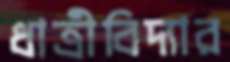
ধাত্রীবিদ্যার